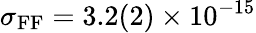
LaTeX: \sigma_{\textrm{FF}}=3.2(2)\times 10^{-15}